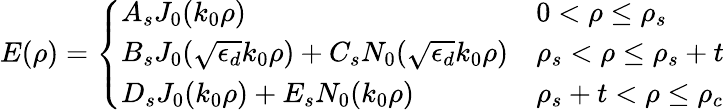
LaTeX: E(\rho)=\left\{ \begin{array}{ll}{A_{s}J_{0}(k_{0}\rho)}&{0<\rho\leq\rho_{s}}\\ {B_{s}J_{0}(\sqrt{\epsilon_{d}}k_{0}\rho)+C_{s}N_{0}(\sqrt{\epsilon_{d}}k_{0}\rho)}&{\rho_{s}<\rho\leq\rho_{s}+t}\\ {D_{s}J_{0}(k_{0}\rho)+E_{s}N_{0}(k_{0}\rho)}&{\rho_{s}+t<\rho\leq\rho_{c}}\end{array}\right.